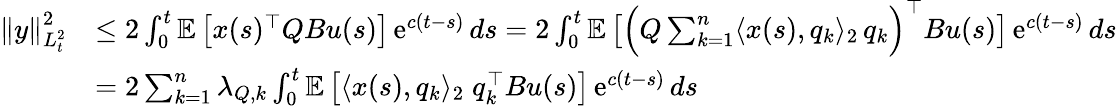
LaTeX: \begin{array}{rl}{\left\| y\right\| _{L_{t}^{2}}^{2}}&{\leq 2\int_{0}^{t}\mathbb E\left[x(s)^{\top}QBu(s)\right]\operatorname{e}^{c(t-s)}ds=2\int_{0}^{t}\mathbb E\left[\Big(Q\sum_{k=1}^{n}\langle x(s),q_{k}\rangle_{2}\, q_{k}\Big)^{\top}Bu(s)\right]\operatorname{e}^{c(t-s)}ds}\\ &{=2\sum_{k=1}^{n}\lambda_{Q,k}\int_{0}^{t}\mathbb E\left[\langle x(s),q_{k}\rangle_{2}\; q_{k}^{\top}Bu(s)\right]\operatorname{e}^{c(t-s)}ds}\end{array}